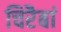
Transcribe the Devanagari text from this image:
चिरैबां